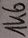
Text: 1K6